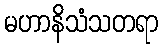
မဟာနိသံသတရာ